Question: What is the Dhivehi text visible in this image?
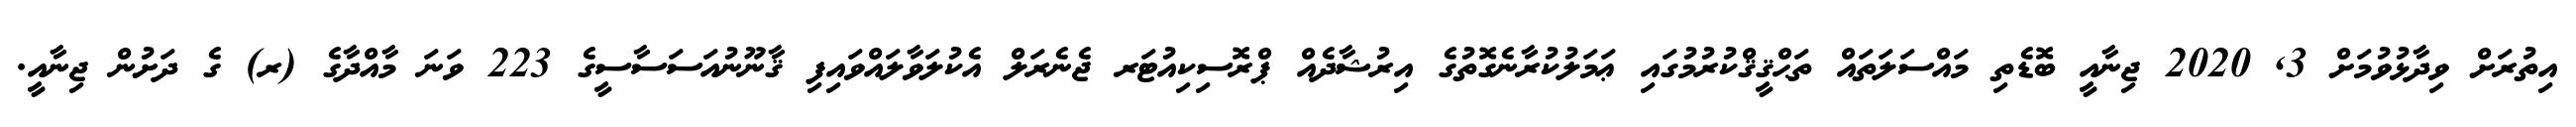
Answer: އިތުރަށް ވިދާޅުވުމަށް 3, 2020 ޖިނާއީ ބޮޑެތި މައްސަލަތައް ތަޙްޤީޤްކުރުމުގައި ޢަމަލުކުރާނެގޮތުގެ އިރުޝާދެއް ޕްރޮސިކިއުޓަރ ޖެނެރަލް އެކުލަވާލައްވައިފި ޤާނޫނުއަސަސާސީގެ 223 ވަނަ މާއްދާގެ (ރ) ގެ ދަށުން ޖިނާއީ.